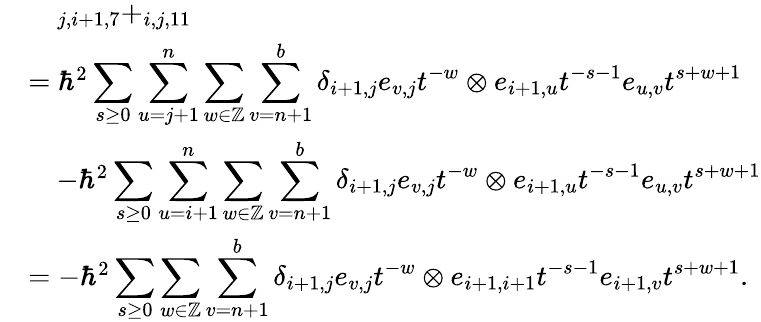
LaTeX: \begin{array}{rl}&{\quad_{j,i+1,7}+_{i,j,11}}\\ &{=\hbar^{2}\displaystyle\sum_{s\geq 0}\displaystyle\sum_{u=j+1}^{n}\sum_{w\in\mathbb{Z}}\sum_{v=n+1}^{b}\delta_{i+1,j}e_{v,j}t^{-w}\otimes e_{i+1,u}t^{-s-1}e_{u,v}t^{s+w+1}}\\ &{\quad-\hbar^{2}\displaystyle\sum_{s\geq 0}\displaystyle\sum_{u=i+1}^{n}\sum_{w\in\mathbb{Z}}\sum_{v=n+1}^{b}\delta_{i+1,j}e_{v,j}t^{-w}\otimes e_{i+1,u}t^{-s-1}e_{u,v}t^{s+w+1}}\\ &{=-\hbar^{2}\displaystyle\sum_{s\geq 0}\displaystyle\sum_{w\in\mathbb{Z}}\sum_{v=n+1}^{b}\delta_{i+1,j}e_{v,j}t^{-w}\otimes e_{i+1,i+1}t^{-s-1}e_{i+1,v}t^{s+w+1}.}\end{array}